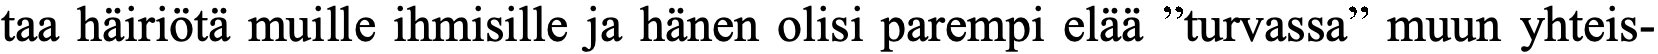
taa häiriötä muille ihmisille ja hänen olisi parempi elää ”turvassa” muun yhteis-